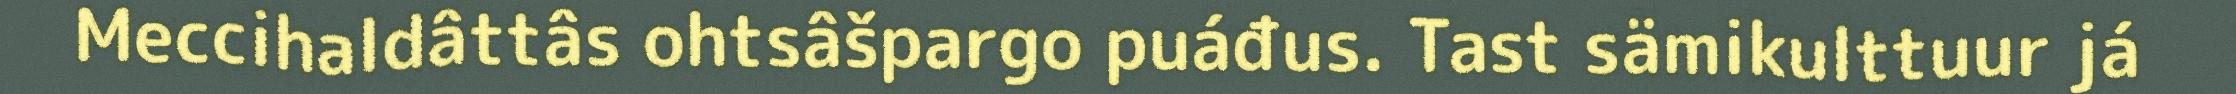
Meccihaldâttâs ohtsâšpargo puáđus. Tast sämikulttuur já